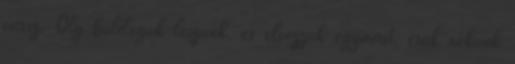
vársz. Oly boldogok leszünk, és élvezzük egymást, csak nekünk